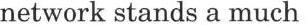
network stands a much